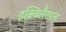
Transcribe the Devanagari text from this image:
इक्विलैटरल